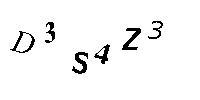
D3S4Z3